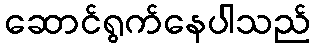
ဆောင်ရွက်နေပါသည်